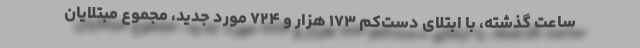
ساعت گذشته، با ابتلای دست‌کم ۱۷۳ هزار و ۷۲۴ مورد جدید، مجموع مبتلایان